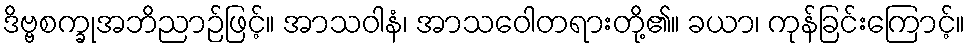
ဒိဗ္ဗစက္ခုအဘိညာဉ်ဖြင့်။ အာသဝါနံ၊ အာသဝေါတရားတို့၏။ ခယာ၊ ကုန်ခြင်းကြောင့်။